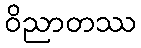
ဝိညာတဿ